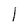
Character: I